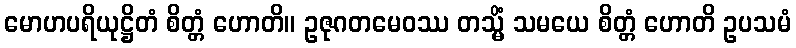
မောဟပရိယုဋ္ဌိတံ စိတ္တံ ဟောတိ။ ဥဇုဂတမေဝဿ တသ္မိံ သမယေ စိတ္တံ ဟောတိ ဥပသမံ